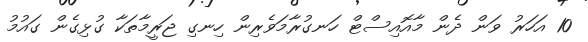
10 އަހަރު ވަން ދެން މާއޮއިސްޓް ހަނގުރާމަވެރިން ހިނގި ޖަރީމާތަކާ ގުޅިގެން ގައުމު